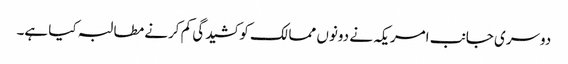
دوسری جانب امریکہ نے دونوں ممالک کو کشیدگی کم کرنے مطالبہ کیا ہے۔